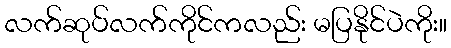
လက်ဆုပ်လက်ကိုင်ကလည်း မပြနိုင်ပဲကိုး။